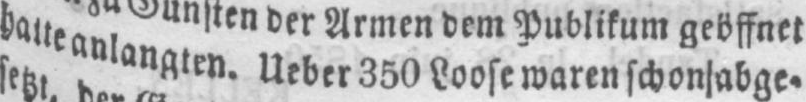
hatte anlangten. Ueber 350 Loose waren schon abge⸗